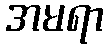
အမရာ